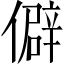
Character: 僻